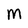
Character: M